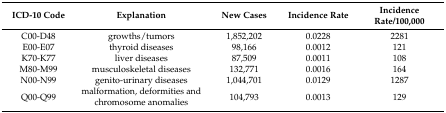
| ICD-10 Code | Explanation | New Cases | Incidence Rate | Incidence Rate/100,000 |
 | --- | --- | --- | --- | --- |
 | C00-D48 | growths/tumors | 1,852,202 | 0.0228 | 2281 |
 | E00-E07 | thyroid diseases | 98,166 | 0.0012 | 121 |
 | K70-K77 | liver diseases | 87,509 | 0.0011 | 108 |
 | M80-M99 | musculoskeletal diseases | 132,771 | 0.0016 | 164 |
 | N00-N99 | genito-urinary diseases | 1,044,701 | 0.0129 | 1287 |
 | Q00-Q99 | malformation, deformities and chromosome anomalies | 104,793 | 0.0013 | 129 |